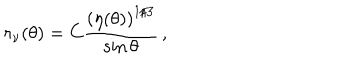
r _ { \nu } ( \theta ) = C { \frac { \left( \eta ( \theta ) \right) ^ { 1 / 3 } } { \sin \theta } } \, ,